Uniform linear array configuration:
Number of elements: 32
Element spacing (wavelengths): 0.75
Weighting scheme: cosine
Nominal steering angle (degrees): -15
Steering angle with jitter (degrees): -14.407
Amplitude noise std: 0.05
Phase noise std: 0.05

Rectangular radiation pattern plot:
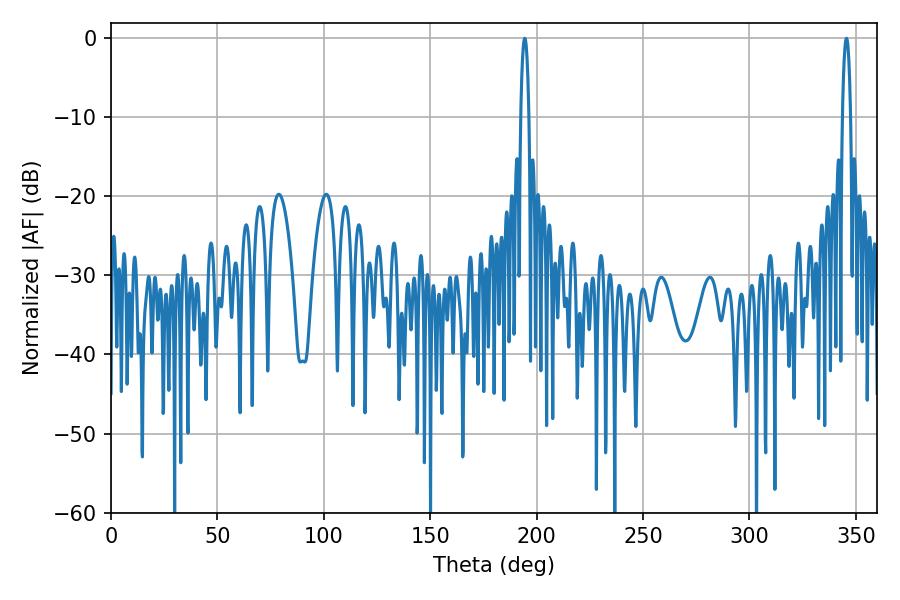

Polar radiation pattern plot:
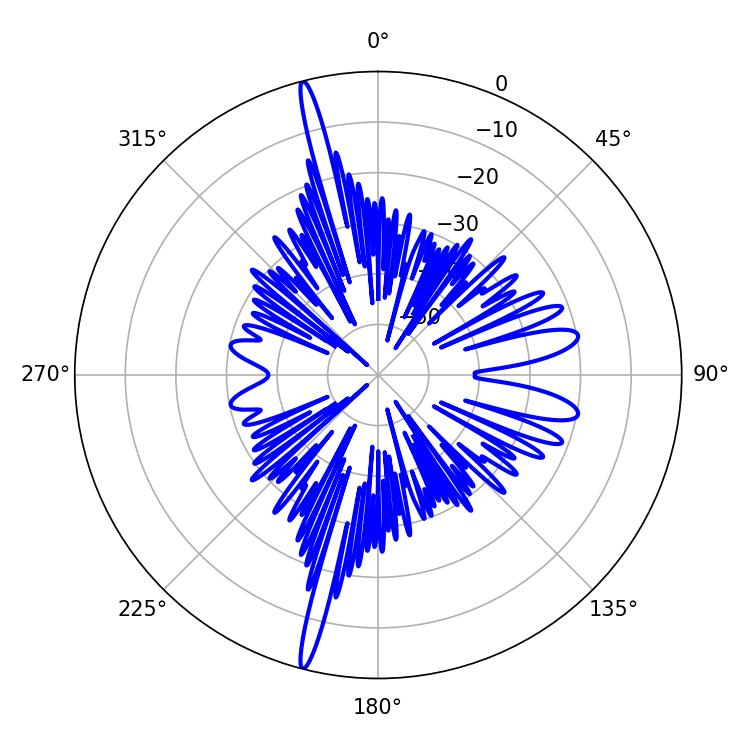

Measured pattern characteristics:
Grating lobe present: TRUE
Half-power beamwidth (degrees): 2.16
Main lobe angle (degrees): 194.4